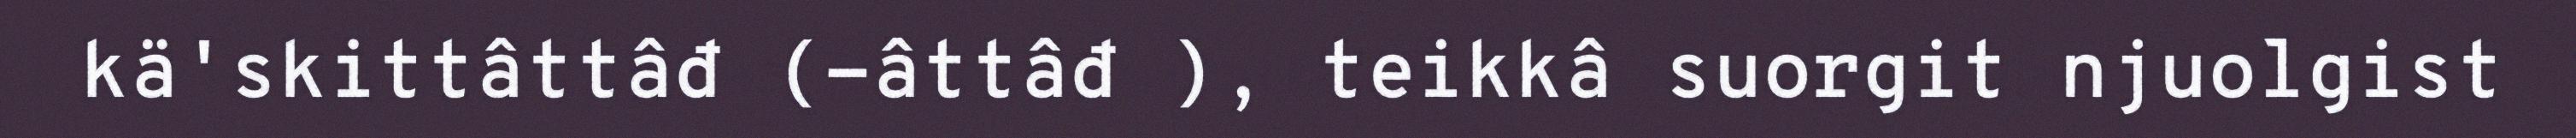
kä'skittâttâđ (-âttâđ ), teikkâ suorgit njuolgist